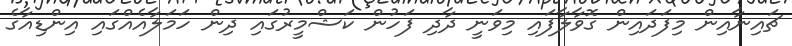
ޗައިނާއިން މިފަދައިން ގޮވާލާފައި މިވަނީ ދާދި ފަހުން ކަޝްމީރުގައި ދިން ހަމަލާއެއްގައި އިންޑިއާގެ